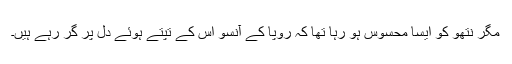
مگر نتھو کو ایسا محسوس ہو رہا تھا کہ رُوپا کے آنسو اس کے تپتے ہوئے دل پر گر رہے ہیں۔